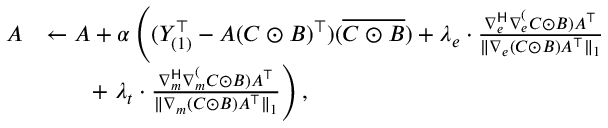
\begin{array} { r l } { A } & { \gets A + \alpha \left( ( Y _ { ( 1 ) } ^ { \top } - A ( C \odot B ) ^ { \top } ) ( \overline { { C \odot B } } ) + \lambda _ { e } \cdot \frac { \nabla _ { e } ^ { \mathsf { H } } \nabla _ { e } ^ ( C \odot B ) A ^ { \top } } { \| \nabla _ { e } ( C \odot B ) A ^ { \top } \| _ { 1 } } \right. } \\ & { \quad \quad + \left. \lambda _ { t } \cdot \frac { \nabla _ { m } ^ { \mathsf { H } } \nabla _ { m } ^ ( C \odot B ) A ^ { \top } } { \| \nabla _ { m } ( C \odot B ) A ^ { \top } \| _ { 1 } } \right) , } \end{array}